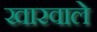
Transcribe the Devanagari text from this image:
खारवाले